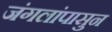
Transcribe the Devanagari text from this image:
जंगलांपासुन